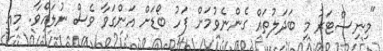
"މިނިސްޓަރު މި ބަދަލުތައް ގެންނެވުމަށް ފަހު ބޯޑަށް އަންގަވާ ވެސް ނުލައްވާ. މިއީ